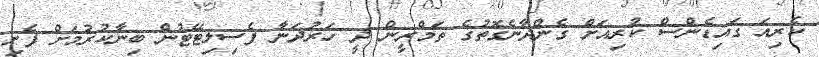
ކެރިއަ ގައިޑެންސް ކުރިއަށް ގެންދާނެގޮތުގެ ތަމްރީން ދީ ހަރުދަނާ ފެސިލިޓޭޓުން ބިނާކުރުމަށް ފެށި